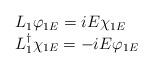
LaTeX: \begin{align*}\begin{array}{l} L_1 \varphi_{1E} = i E \chi_{1E} \\ L_1^\dag \chi_{1E} =-i E \varphi_{1E}\end{array}\end{align*}